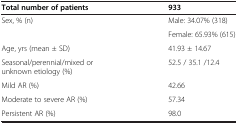
<table><thead><tr><td><b>Total number of patients</b></td><td><b>933</b></td></tr></thead><tbody><tr><td rowspan="2">Sex, % (n)</td><td>Male: 34.07% (318)</td></tr><tr><td>Female: 65.93% (615)</td></tr><tr><td>Age, yrs (mean ± SD)</td><td>41.93 ± 14.67</td></tr><tr><td>Seasonal/perennial/mixed or unknown etiology (%)</td><td>52.5 / 35.1 /12.4</td></tr><tr><td>Mild AR (%)</td><td>42.66</td></tr><tr><td>Moderate to severe AR (%)</td><td>57.34</td></tr><tr><td>Persistent AR (%)</td><td>98.0</td></tr></tbody></table>